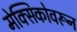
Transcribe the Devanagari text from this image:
मेक्सिकोवरून